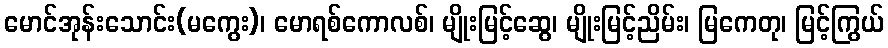
မောင်အုန်းသောင်း(မကွေး)၊ မောရစ်ကောလစ်၊ မျိုးမြင့်ဆွေ၊ မျိုးမြင့်ညိမ်း၊ မြကေတု၊ မြင့်ကြွယ်